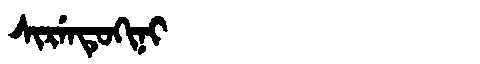
Manchu: ᠰᡳᡵᡝᠨᡨᡠᡴᡳᠨᡳ
Romanization: SIRENTUKINI